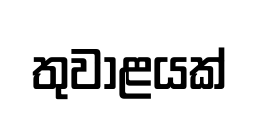
තුවාළයක්